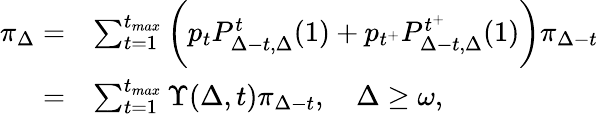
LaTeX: \begin{array}{rl}{\pi_{\Delta}=}&{\sum_{t=1}^{t_{max}}\bigg(p_{t}P_{\Delta-t,\Delta}^{t}(1)+p_{t^{+}}P_{\Delta-t,\Delta}^{t^{+}}(1)\bigg)\pi_{\Delta-t}}\\ {=}&{\sum_{t=1}^{t_{max}}\Upsilon(\Delta,t)\pi_{\Delta-t},\quad\Delta\geq\omega,}\end{array}